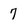
Character: 7